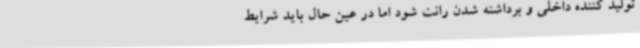
تولید کننده داخلی و برداشته شدن رانت شود اما در عین حال باید شرایط